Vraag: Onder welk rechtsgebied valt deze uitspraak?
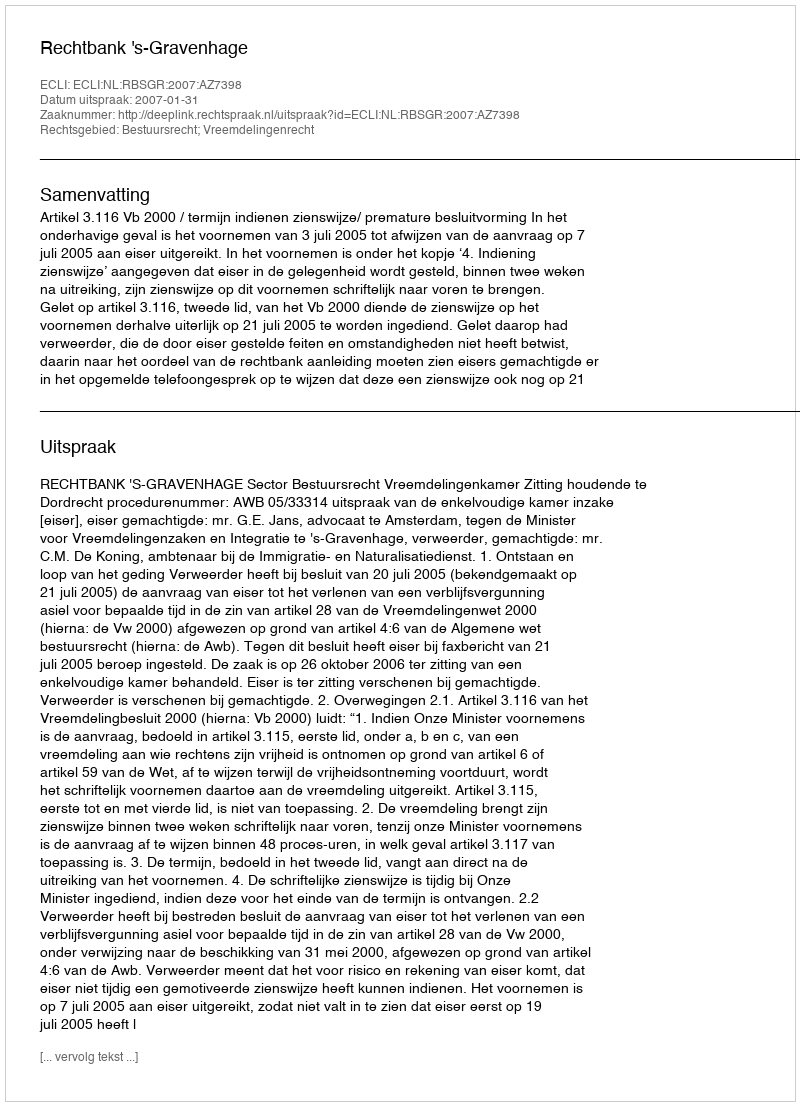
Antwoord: Bestuursrecht; Vreemdelingenrecht